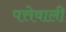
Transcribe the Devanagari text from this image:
पत्तेवाली